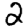
Digit: 2